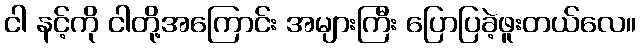
ငါ နင့်ကို ငါတို့အကြောင်း အများကြီး ပြောပြခဲ့ဖူးတယ်လေ။